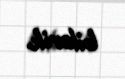
bilərik.